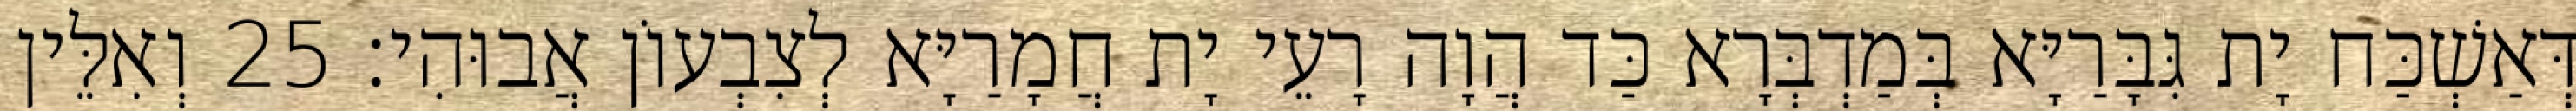
דְּאַשְׁכַּח יָת גִּבָּרַיָּא בְּמַדְבְּרָא כַּד הֲוָה רָעֵי יָת חֲמָרַיָּא לְצִבְעוֹן אֲבוּהִי׃ 25 וְאִלֵּין